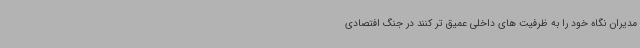
مدیران نگاه خود را به ظرفیت های داخلی عمیق تر کنند در جنگ افتصادی